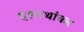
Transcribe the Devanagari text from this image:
दशरथांचल